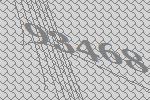
93468